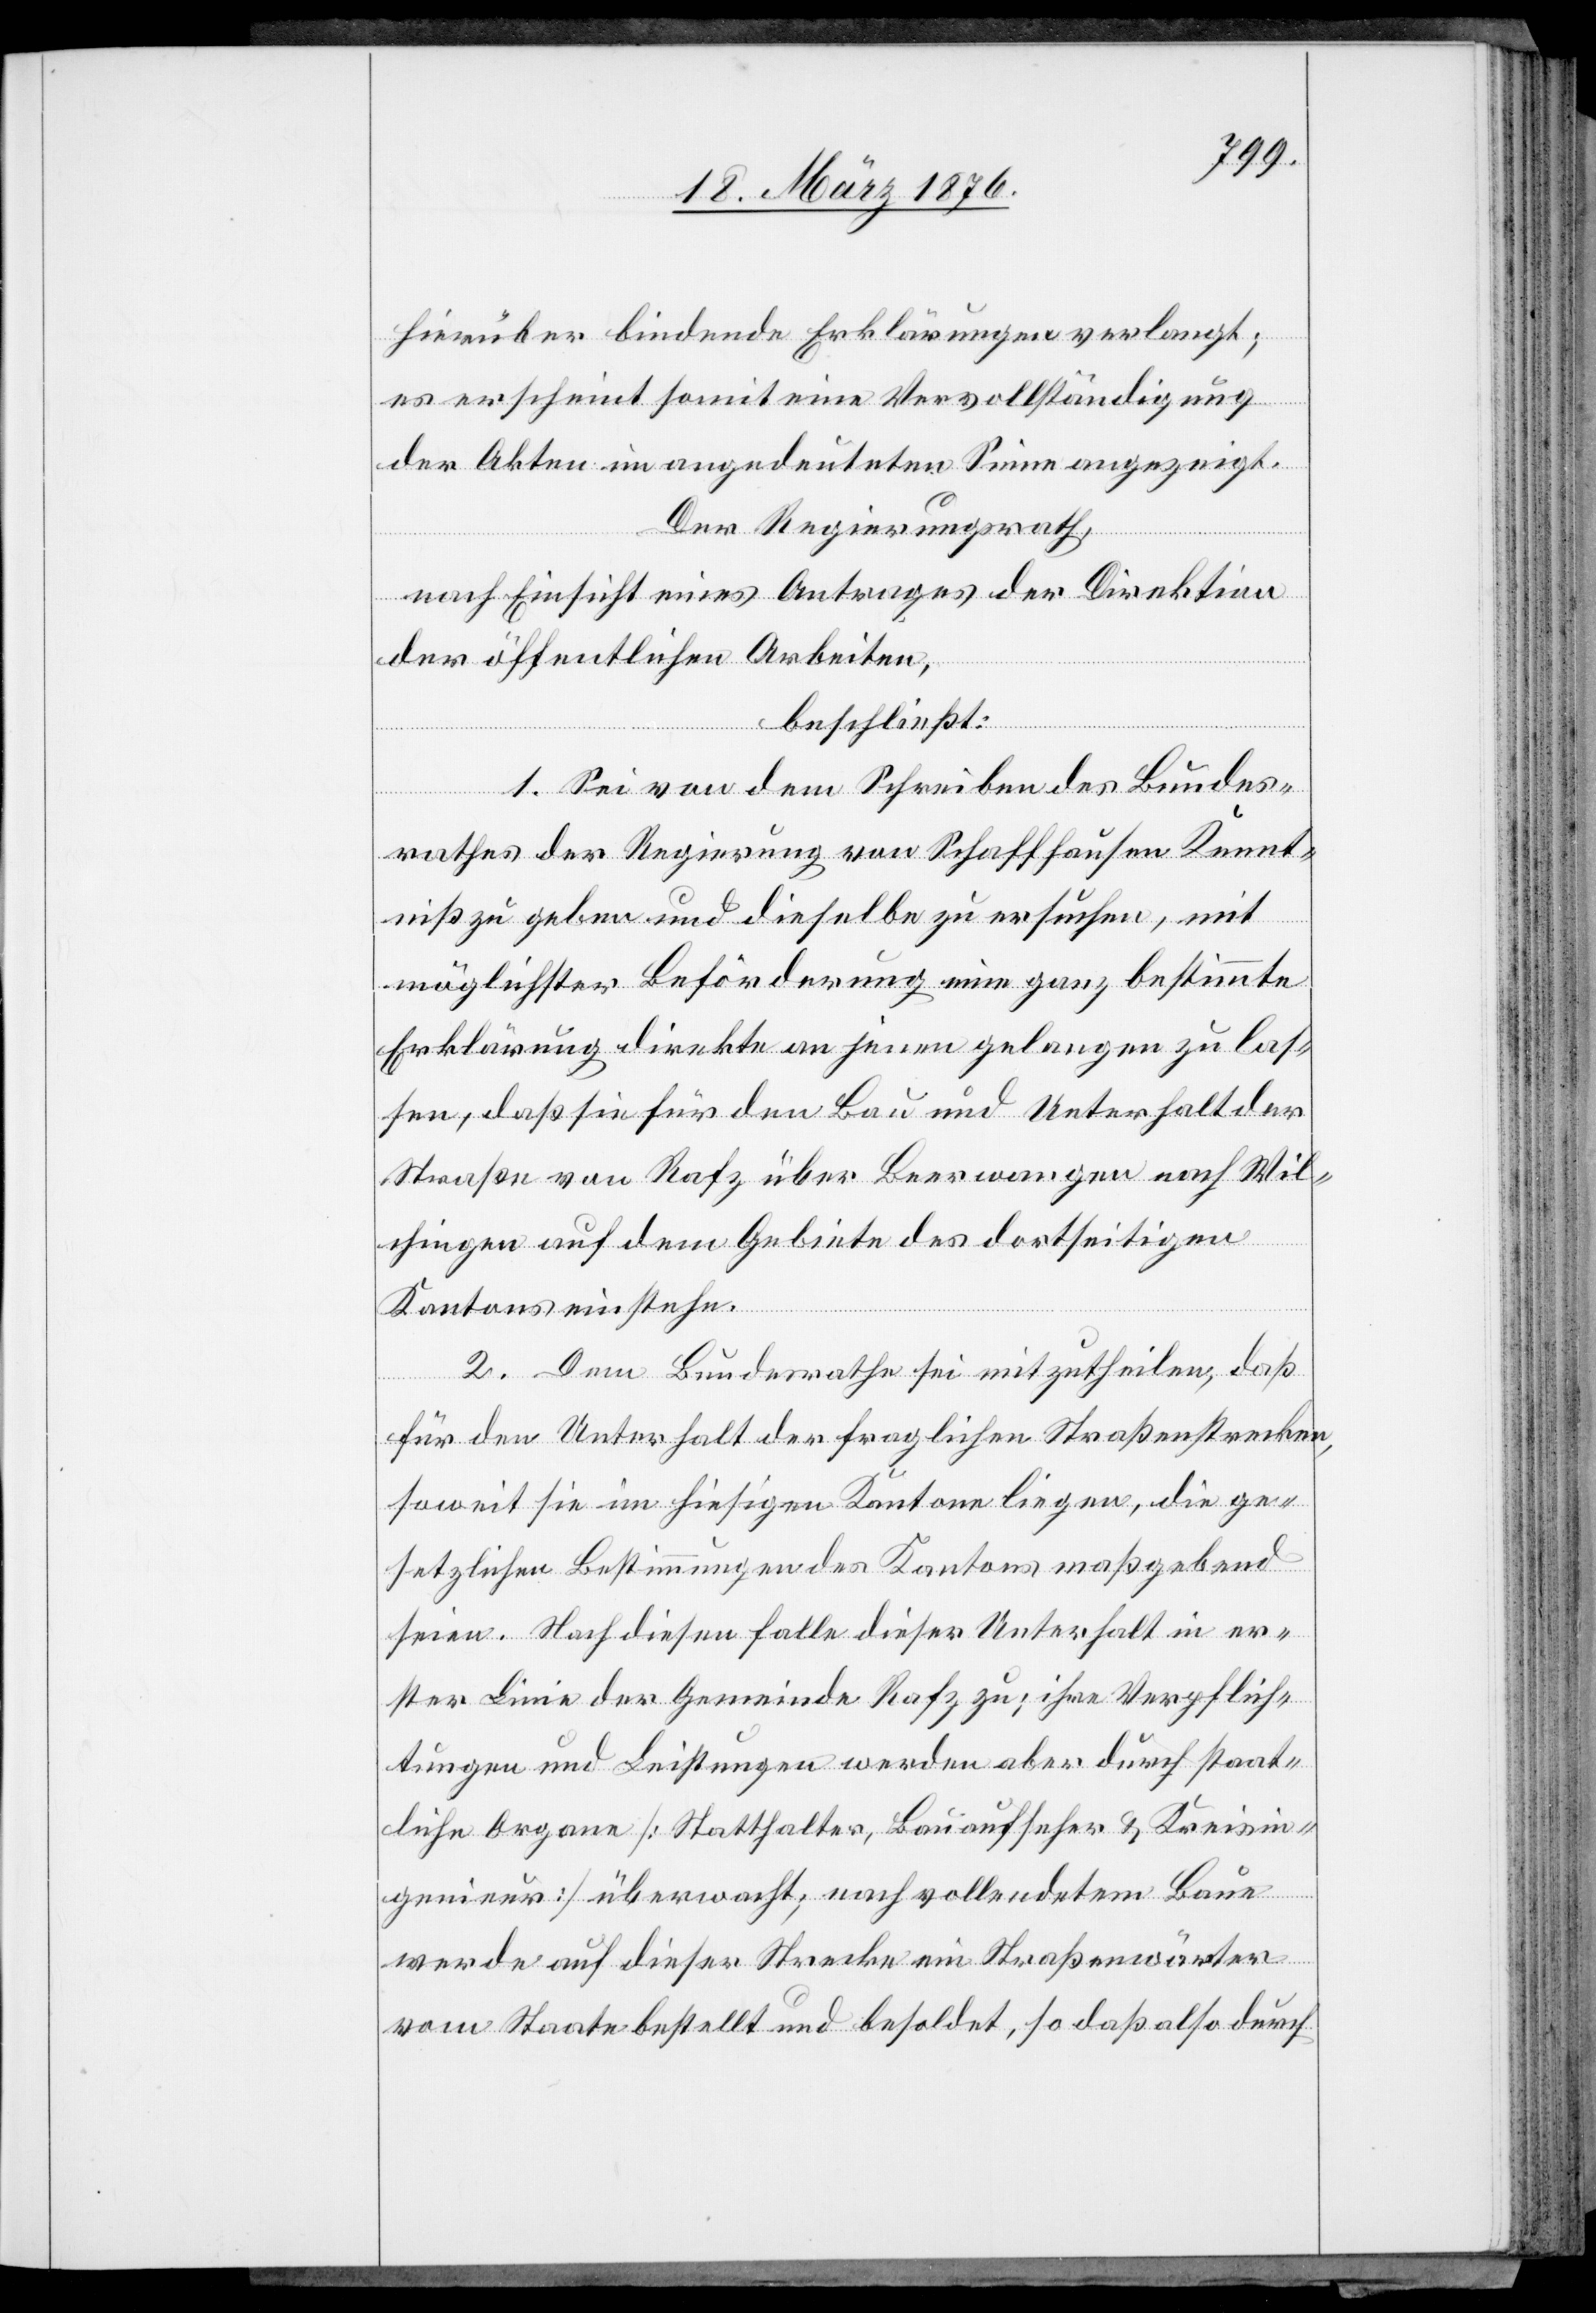
hierüber bindende Erklärungen verlangt:
es erscheint somit eine Vervollständigung
der Akten im angedeuteten Sinne angezeigt.
Der Regierungsrath,
nach Einsicht eines Antrages der Direktion
der öffentlichen Arbeiten,
beschließt:
1. Sei von dem Schreiben des Bundes¬
rathes der Regierung von Schaffhausen Kennt¬
niß zu geben und dieselbe zu ersuchen, mit
möglichster Beförderung eine ganz bestimmte
Erklärung direkte an jenen gelangen zu las¬
sen, daß sie für den Bau und Unterhalt der
Straße von Rafz über Beerwangen nach Wil¬
chingen auf dem Gebiete des dortseitigen
Kantons einstehe.
2. Dem Bundesrathe sei mitzutheilen, daß
für den Unterhalt der fraglichen Straßenstrecken,
soweit sie im hiesigen Kanton liegen, die ge¬
setzlichen Bestimmungen des Kantons maßgebend
seien. Nach diesen falle dieser Unterhalt in er¬
ster Linie der Gemeinde Rafz zu; ihre Verpflich¬
tungen und Leistungen werden aber durch staat¬
liche Organe [Statthalter, Bauaufseher & Kreisin¬
genieur] überwacht; nach vollendetem Bau
werde auf dieser Strecke ein Straßenwärter
vom Staate bestellt und besoldet, so daß also durch